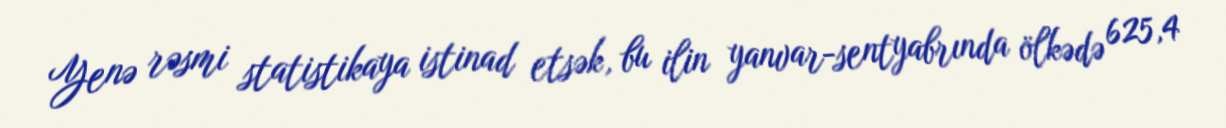
Yenə rəsmi statistikaya istinad etsək, bu ilin yanvar-sentyabrında ölkədə 625,4